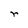
Character: r